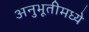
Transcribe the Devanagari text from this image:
अनुभूतीमध्ये